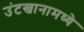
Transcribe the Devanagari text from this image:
उंटखानामध्ये